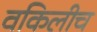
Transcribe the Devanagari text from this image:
वकिलीच